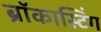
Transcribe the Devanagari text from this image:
ब्रॉकास्टिंग